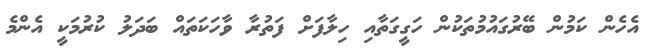
އެހެން ކަމުން ބޭރުގައުމުތަކުން ހަގީގަތާއި ހިލާފަށް ފަތުރާ ވާހަކަތައް ބަދަލު ކުރުމަކީ އެންމެ